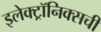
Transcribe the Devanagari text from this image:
इलेक्ट्रॉनिक्सची